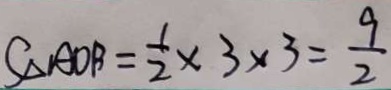
S _ { \Delta A O B } = \frac { 1 } { 2 } \times 3 \times 3 = \frac { 9 } { 2 }